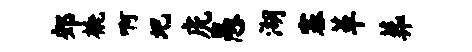
郊橇啊圯虎愚湖塞革葬